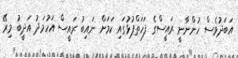
އަބަދުވެސް ހުންނާނީ ރައީސްގެ ފަހަތްޕުޅުގައި ކަމަށް ނައިބު ރައީސް އަހުމަދު އަދީބު މިރޭ